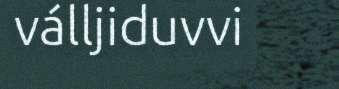
válljiduvvi